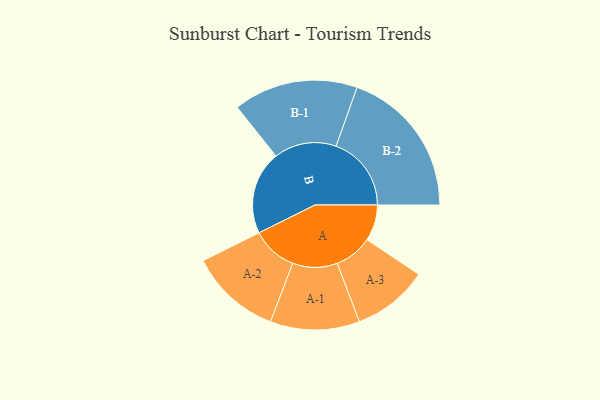
{"axis": {"x": "Segment", "y": "Value"}, "legend": ["", "A", "B"], "data": [{"x": "A", "y": 139, "type": ""}, {"x": "B", "y": 321, "type": ""}, {"x": "A-1", "y": 172, "type": "A"}, {"x": "A-2", "y": 176, "type": "A"}, {"x": "A-3", "y": 146, "type": "A"}, {"x": "B-1", "y": 240, "type": "B"}, {"x": "B-2", "y": 290, "type": "B"}]}